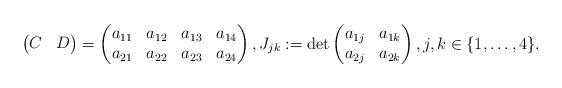
LaTeX: \begin{align*} \begin{pmatrix} C & D \end{pmatrix} = \begin{pmatrix} a_{11} & a_{12} & a_{13} & a_{14} \\ a_{21} & a_{22} & a_{23} & a_{24} \end{pmatrix}, J_{jk} := \det \begin{pmatrix} a_{1j} & a_{1k} \\ a_{2j} & a_{2k} \end{pmatrix}, j,k\in\{1,\ldots,4\}.\end{align*}